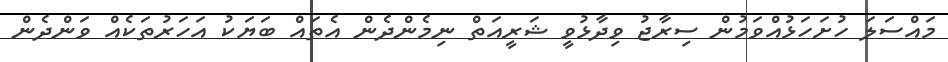
މައްސަލަ ހުށަހަޅުއްވަމުން ސިރާޖު ވިދާޅުވީ ޝަރީއަތް ނިމެންދެން އެތައް ބަޔަކު އަހަރުތަކެއް ވަންދެން